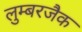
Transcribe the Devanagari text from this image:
लुम्बरजैक